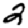
Digit: 2